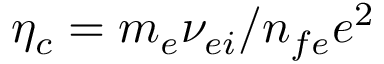
\eta _ { c } = m _ { e } \nu _ { e i } / n _ { f e } e ^ { 2 }